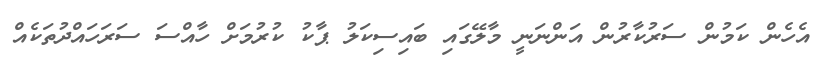
އެހެން ކަމުން ސަރުކާރުން އަންނަނީ މާލޭގައި ބައިސިކަލު ޕާކު ކުރުމަށް ހާއްސަ ސަރަހައްދުތަކެއް